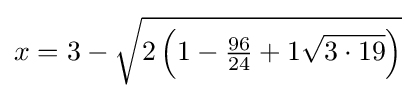
x=3-{\sqrt {2\left(1-{\tfrac {96}{24}}+1{\sqrt {3\cdot 19}}\right)}}